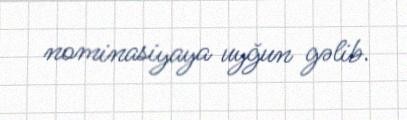
nominasiyaya uyğun gəlib.